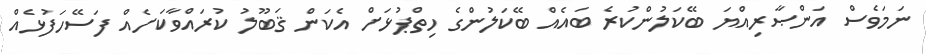
ނަމަވެސް އަންޞާރިއްޔަ ބޭކަލުންކުރެ ބައެއް ބޭކަލުންގެ ހިތްޕުޅަށް އެކަން ޤަބޫލު ކުރައްވާކަށެއް ފަސޭހަފުޅެއް